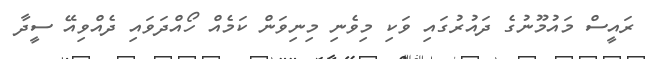
ރައީސް މައުމޫނުގެ ދައުރުގައި ވަކި މިވެނި މިނިވަން ކަމެއް ހޯއްދަވައި ދެއްވިއޭ ސީދާ